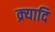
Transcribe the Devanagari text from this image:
क्र्यादि